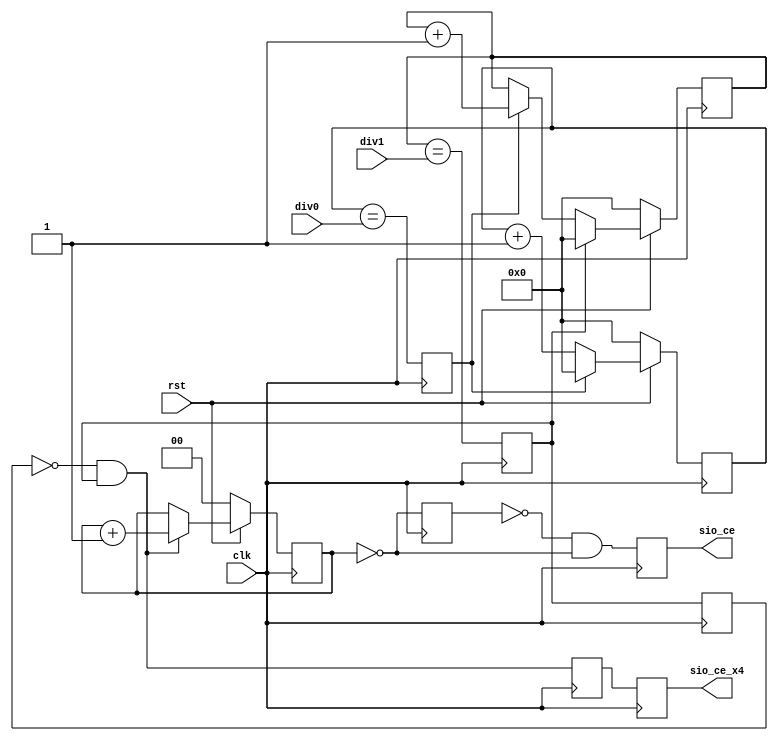
module sasc_brg(clk, rst, div0, div1, sio_ce, sio_ce_x4);
input		clk;
input		rst;
input	[7:0]	div0, div1;
output		sio_ce, sio_ce_x4;

///////////////////////////////////////////////////////////////////
//
// Local Wires and Registers
//

reg	[7:0]	ps;
reg		ps_clr;
reg	[7:0]	br_cnt;
reg		br_clr;
reg		sio_ce_x4_r;
reg	[1:0]	cnt;
reg		sio_ce, sio_ce_x4;
reg		sio_ce_r ;
reg		sio_ce_x4_t;

///////////////////////////////////////////////////////////////////
//
// Boud Rate Generator
//

// -----------------------------------------------------
// Prescaler
always @(posedge clk)
	if(!rst)	ps <= #1 8'h0;
	else
	if(ps_clr)	ps <= #1 8'h0;
	else		ps <= #1 ps + 8'h1;

always @(posedge clk)
	ps_clr <= #1 (ps == div0);	// Desired number of cycles less 2

// -----------------------------------------------------
// Oversampled Boud Rate (x4)
always @(posedge clk)
	if(!rst)	br_cnt <= #1 8'h0;
	else
	if(br_clr)	br_cnt <= #1 8'h0;
	else
	if(ps_clr)	br_cnt <= #1 br_cnt + 8'h1;

always @(posedge clk)
	br_clr <= #1 (br_cnt == div1); // Prciese number of PS cycles

always @(posedge clk)
	sio_ce_x4_r <= #1 br_clr;

always @(posedge clk)
	sio_ce_x4_t <= #1 !sio_ce_x4_r & br_clr;

always @(posedge clk)
	sio_ce_x4 <= #1 sio_ce_x4_t;

// -----------------------------------------------------
// Actual Boud rate
always @(posedge clk)
	if(!rst)			cnt <= #1 2'h0;
	else
	if(!sio_ce_x4_r & br_clr)	cnt <= #1 cnt + 2'h1;

always @(posedge clk)
	sio_ce_r <= #1 (cnt == 2'h0);

always @(posedge clk)
	sio_ce <= #1 !sio_ce_r & (cnt == 2'h0);

endmodule